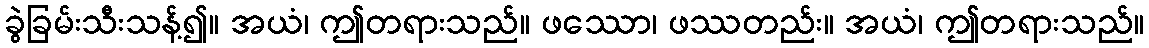
ခွဲခြမ်းသီးသန့်၍။ အယံ၊ ဤတရားသည်။ ဖဿော၊ ဖဿတည်း။ အယံ၊ ဤတရားသည်။